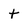
Character: t